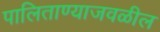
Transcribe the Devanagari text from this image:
पालिताण्याजवळील